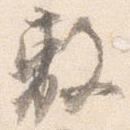
敷